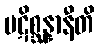
ပဋိစ္ဆန္နာနီတိ